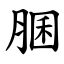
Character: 䐃